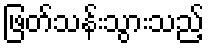
ဖြတ်သန်းသွားသည့်